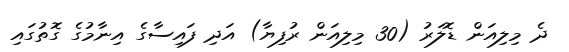
ދެ މިލިއަން ޑޮލަރު (30 މިލިއަން ރުފިޔާ) އަދި ފައިސާގެ އިނާމުގެ ގޮތުގައި